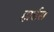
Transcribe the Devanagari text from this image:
हार्डस